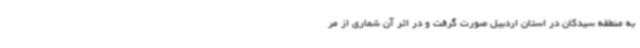
به منطقه سیدکان در استان اردبیل صورت گرفت و در اثر آن شماری از مر